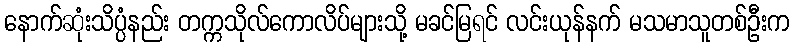
နောက်ဆုံးသိပ္ပံနည်း တက္ကသိုလ်ကောလိပ်များသို့ မခင်မြရင် လင်းယုန်နက် မသမာသူတစ်ဦးက